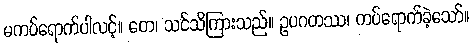
မကပ်ရောက်ပါလင့်။ တေ၊ သင်သိကြားသည်။ ဥပဂတဿ၊ ကပ်ရောက်ခဲ့သော်။